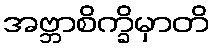
အဗ္ဘာစိက္ခိမှာတိ